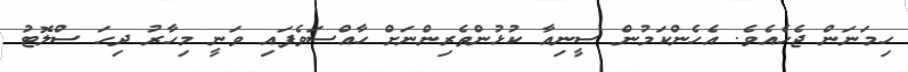
ހިމަނަން ޖެހެއެވެ. އެހެންކަމުން ސީނިއާ ކުޅުންތެރިންނަށް ހާއްސަވެފައި ވަނީ މިހާރު ދިހަ ސްލޮޓު